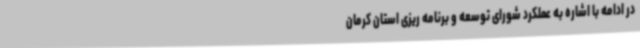
در ادامه با اشاره به عملکرد شورای توسعه و برنامه ریزی استان کرمان